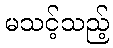
မသင့်သည့်